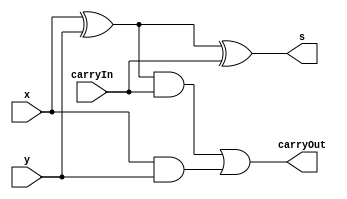
// ------------------------- 
// Exemplo0052  Soma e Subtracao
// Nome: Mateus Augusto Moraes Ferreira  
// ------------------------- 
 
// ------------------------- 
//  soma e subtracao
// ------------------------- 
module somacompleta (output s, output carryOut, 
                     input  x,  input y,  input carryIn);
										 
	wire  w1;
	wire  w2;
	wire  w3;	
 
// descrever por portas

 xor xor1  (w1,x,y);
 and and1  (w2,x,y);
 xor xor2  (s,w1,carryIn);
 and and2  (w3,w1,carryIn);
 or  or1   (carryOut,w3,w2); 
 
endmodule // somacompleta 

 module somacompleta_chave (output saida, output carryOut,
                            input x, input y, input carryIn, input chave);  

 wire w1;
 
 xor xor1 (w1,y,chave);
 somacompleta soma1 (saida,carryOut,carryIn,x,w1);
 
 endmodule // somacompleta_chave
 
 
 module somacompleta6 (output [5:0] s,output carryOut,
                       input [5:0] x, input [5:0] y, input chave);
 

 wire w1,w2,w3,w4,w5,w6;
 
 
 somacompleta_chave soma1 (s[0],w1,x[0],y[0],chave,chave);
 somacompleta_chave soma2 (s[1],w2,x[1],y[1],w1,chave);
 somacompleta_chave soma3 (s[2],w3,x[2],y[2],w2,chave);
 somacompleta_chave soma4 (s[3],w4,x[3],y[3],w3,chave);
 somacompleta_chave soma5 (s[4],w5,x[4],y[4],w4,chave);
 somacompleta_chave soma6 (s[5],w6,x[5],y[5],w5,chave);
 xor xor1 (carryOut,w6,chave);
 
 endmodule // somacompleta6
 

 module AND_NEGACAO (output s0, 
                     input [5:0] x);
				 
 assign s0 = ~x[0] & ~x[1] & ~x[2] & ~x[3] & ~x[4] & ~x[5];

 endmodule // AND_NEGACAO



 module ZERO__UM (output s0,
                  input[5:0] x);
				
 AND_NEGACAO gate_ZERO__UM (s0,x);

 endmodule //ZERO__UM

 

 module exercicio52;
 
 reg [5:0] x;
 reg [5:0] y;
 reg chave;
 wire carryOut;
 wire sfinal;
 wire [5:0] w;
 
  somacompleta6 soma1 (w,carryOut,x,y,chave);
  ZERO__UM      soma2 (sfinal,w);				
 					
 
// ------------------------- parte principal 
 initial begin 
      $display("Exemplo0051 - Mateus Augusto Moraes Ferreira - 435669"); 
      $display("Soma & Subtracao");
		$display("");
		$display("LEGENDA: chave=0(soma),chave=1(subtracao);  saida=0(resultado igual a zero), saida=1(resultado diferente de zero)"); 
		$display("");
		
      x=6'b010011;	y=6'b000011; chave=1'b0;	
		#1 $display("x=%b + y=%b = %b   chave=%b carryOut=%b saida=%b",x,y,w,chave,carryOut,sfinal);
		
		x=6'b111111;	y=6'b111111; chave=1'b1;
		#1 $display("x=%b - y=%b = %b   chave=%b carryOut=%b saida=%b",x,y,w,chave,carryOut,sfinal);

 end 
 
endmodule